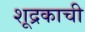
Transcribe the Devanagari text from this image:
शूद्रकाची